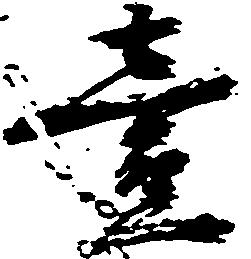
壱